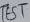
Text: TEST